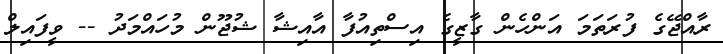
ރާއްޖޭގެ ފުރަތަމަ އަންހެން ގާޒީގެ އިސްތިއުފާ އާއިޝާ ޝުޖޫން މުހައްމަދު -- ވީފައިލް